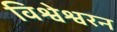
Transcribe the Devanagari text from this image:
विश्वेश्वरन